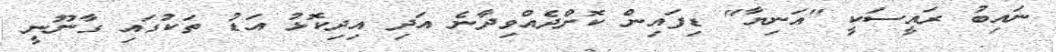
ނައިބު ރައީސަކީ "އަނިޔާ" ޑިފައިން ކޮށްދެއްވިދާނެ އަދި އިދިކޮޅު އަޑު ތަކުގައި ގާނޫނީ